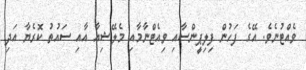
ވެއްޓުނެވެ. އޭގެ ފަހުން ފިލިޕީންސާއި ވިއެޓްނާމާއި މެލޭޝިއާ އާއި ސައުތު ކޮރެޔާ އަދި